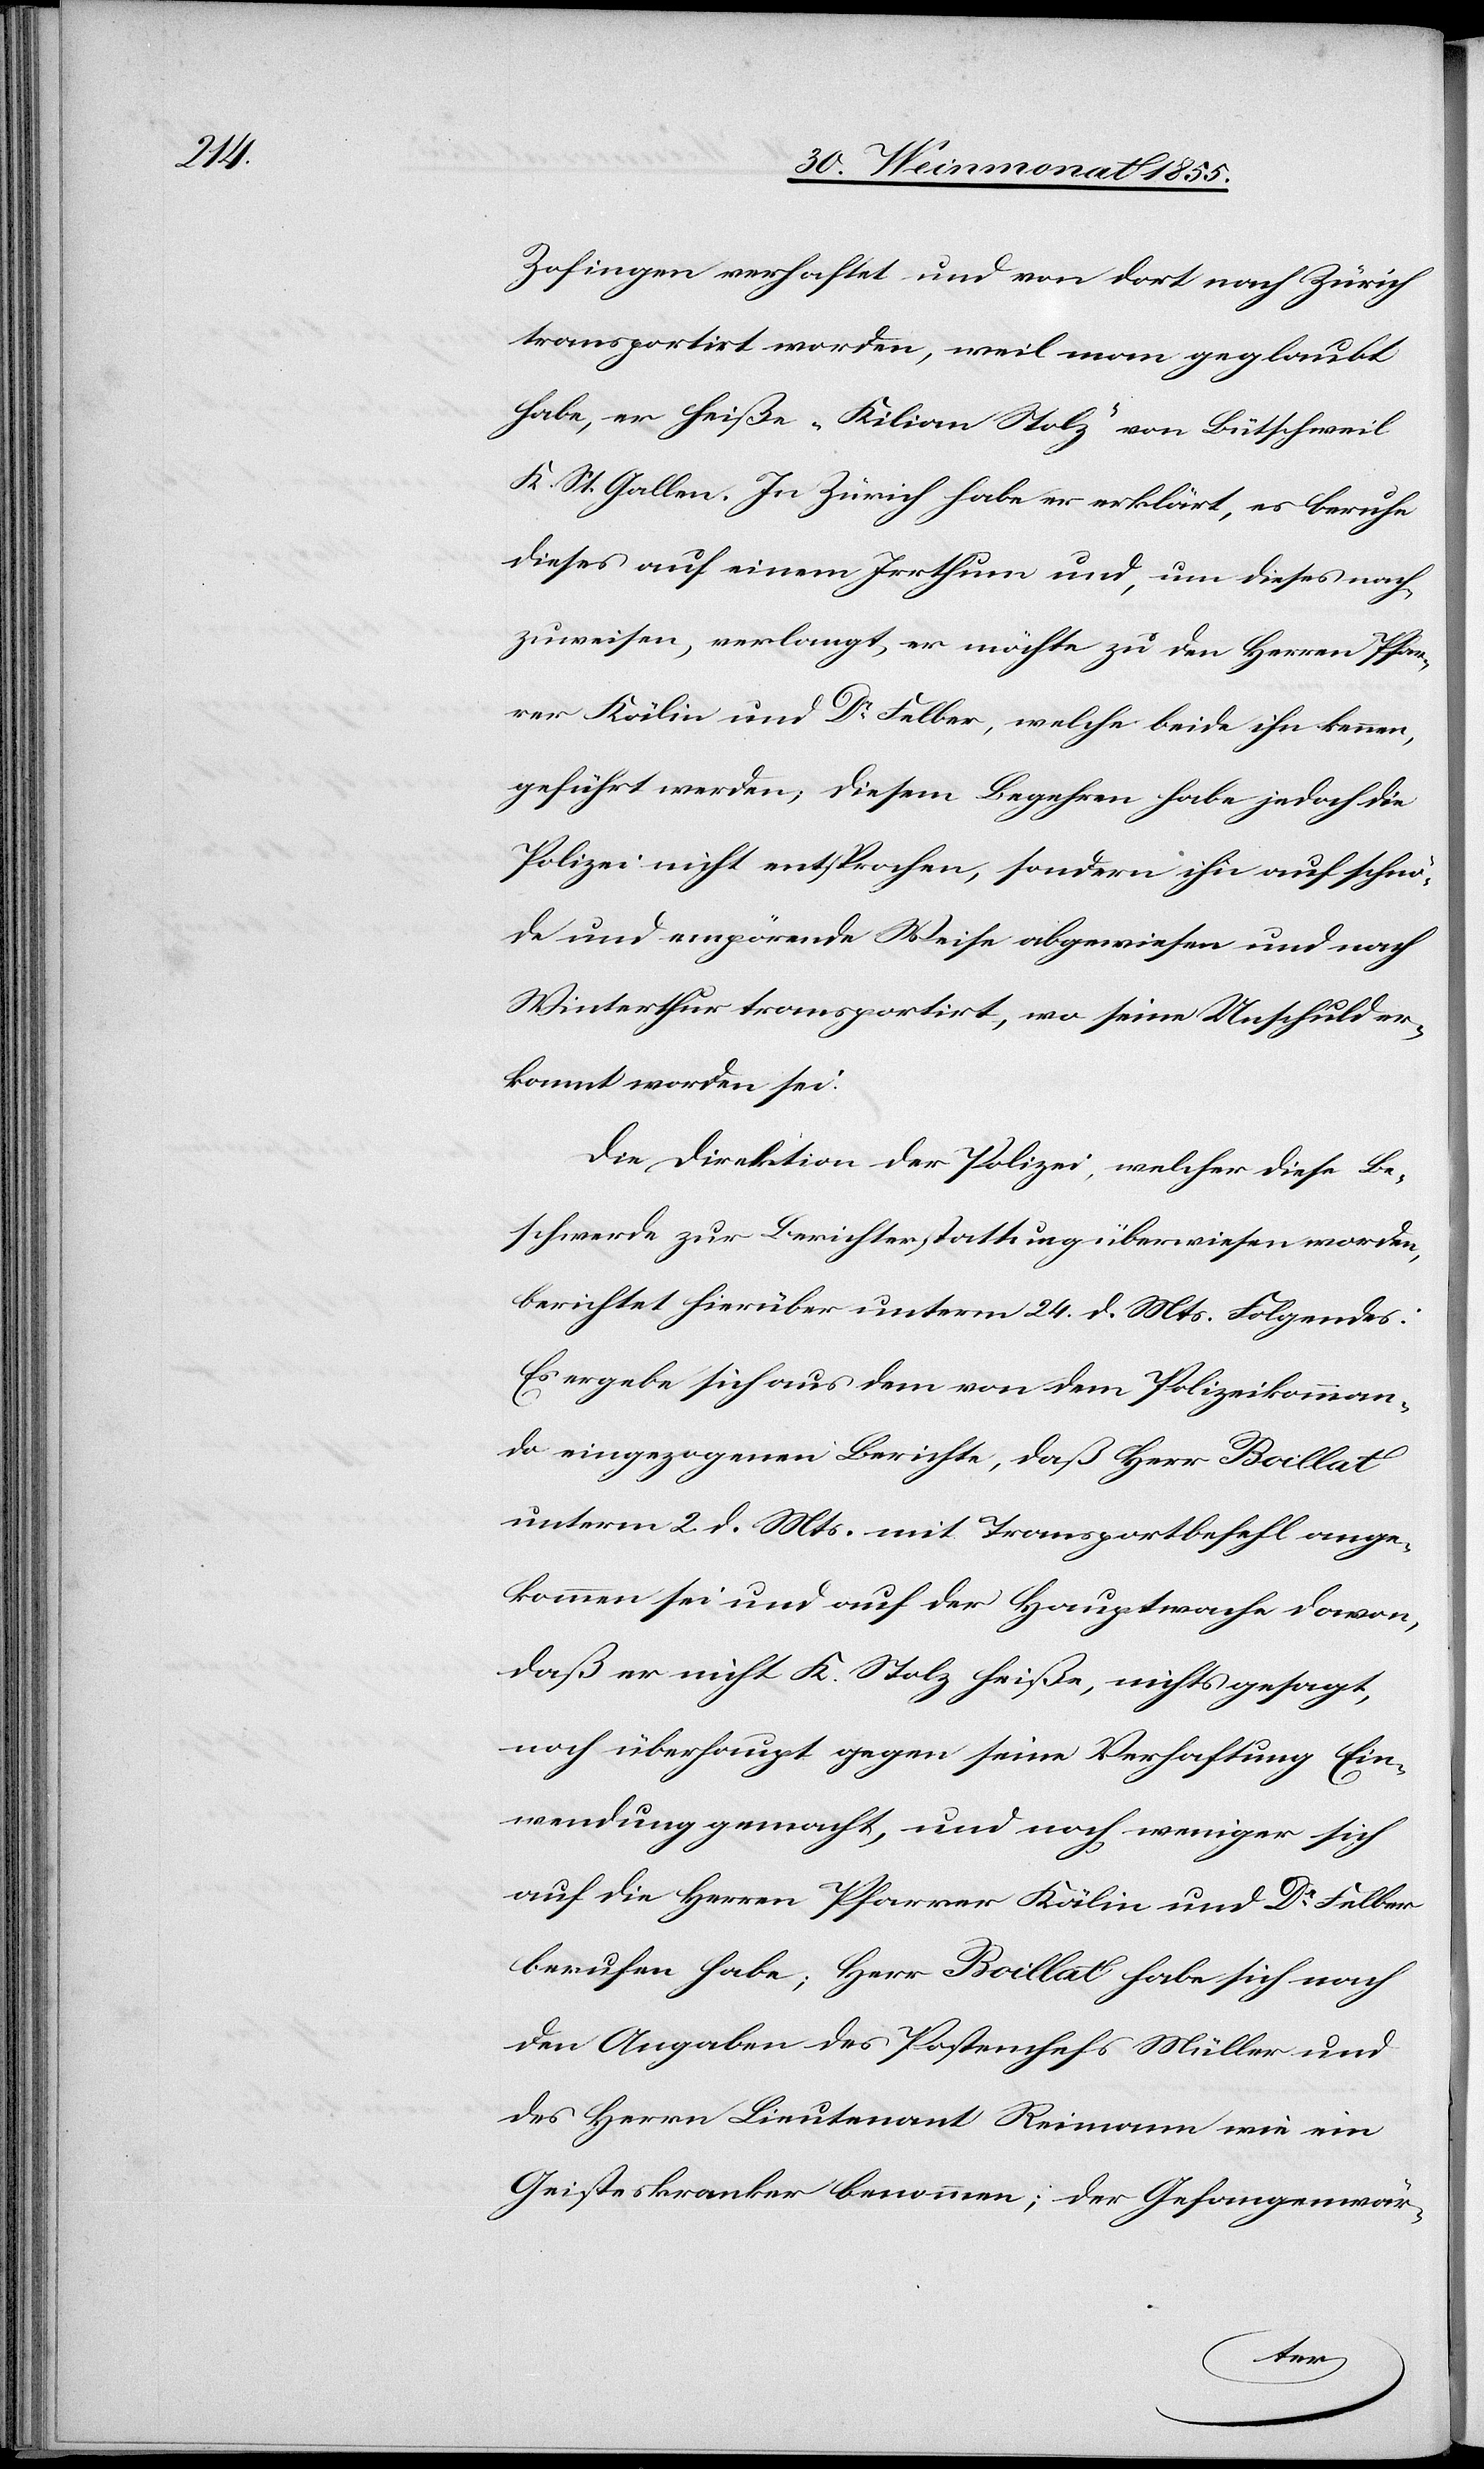
Zofingen verhaftet und von dort nach Zürich
transportirt worden, weil man geglaubt
habe, er heiße „Kilian Stolz“ von Bütschweil
K. St. Gallen. In Zürich habe er erklärt, es beruhe
dieses auf einem Irrthum und, um dieses nach¬
zuweisen, verlangt, er möchte zu den Herren Pfar¬
rer Kälin und Dr Felber, welche beide ihn kennen,
geführt werden; diesem Begehren habe jedoch die
Polizei nicht entsprochen, sondern ihn auf schnö¬
de und empörende Weise abgewiesen und nach
Winterthur transportirt, wo seine Unschuld er¬
kannt worden sei.
Die Direktion der Polizei, welcher diese Be¬
schwerde zur Berichterstattung überwiesen worden,
berichtet hierüber unterm 24. d. Mts. Folgendes:
Es ergebe sich aus dem von dem Polizeikomman¬
do eingezogenen Berichte, daß Herr Boillat
unterm 2. d. Mts. mit Transportbefehl ange¬
kommen sei und auf der Hauptwache davon,
daß er nicht K. Stolz heiße, nichts gesagt,
noch überhaupt gegen seine Verhaftung Ein¬
wendung gemacht, und noch weniger sich
auf die Herren Pfarrer Kälin und Dr Felber
berufen habe; Herr Boillat habe sich nach
den Angaben des Postenchefs Müller und
des Herrn Lieutenant Reimann wie ein
Geisteskranker benommen; der Gefangenwär-